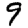
Digit: 9